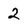
Character: 2